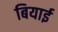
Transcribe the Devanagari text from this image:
बियाई